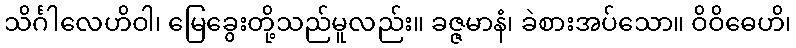
သိင်္ဂါလေဟိဝါ၊ မြေခွေးတို့သည်မူလည်း။ ခဇ္ဇမာနံ၊ ခဲစားအပ်သော။ ဝိဝိဓေဟိ၊